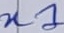
Text: n1